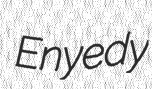
Enyedy